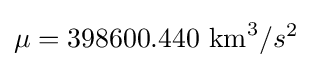
\mu =398600.440{\text{ km}}^{3}/s^{2}